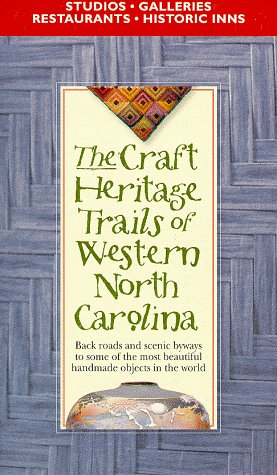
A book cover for The Craft Heritage Trails of Western North Carolina; Robin Daniel; Travel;